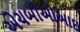
એચબીઓઆઇ